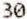
30